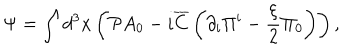
\Psi = \int { d ^ { 3 } x } \left( { { \cal P } A _ { 0 } - i { \overline { { C } } } \left( { \partial _ { i } \Pi ^ { i } - \frac { \xi } { 2 } \Pi _ { 0 } } \right) } \right) ,